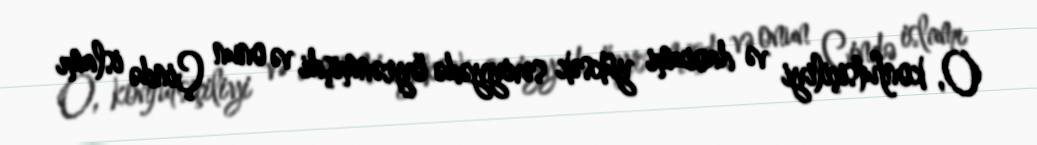
O, konfutsiçiliyi və daoizmi yüksək səviyyədə öyrənmişdi və onun Çində islamı